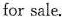
for sale.